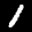
Label: 1